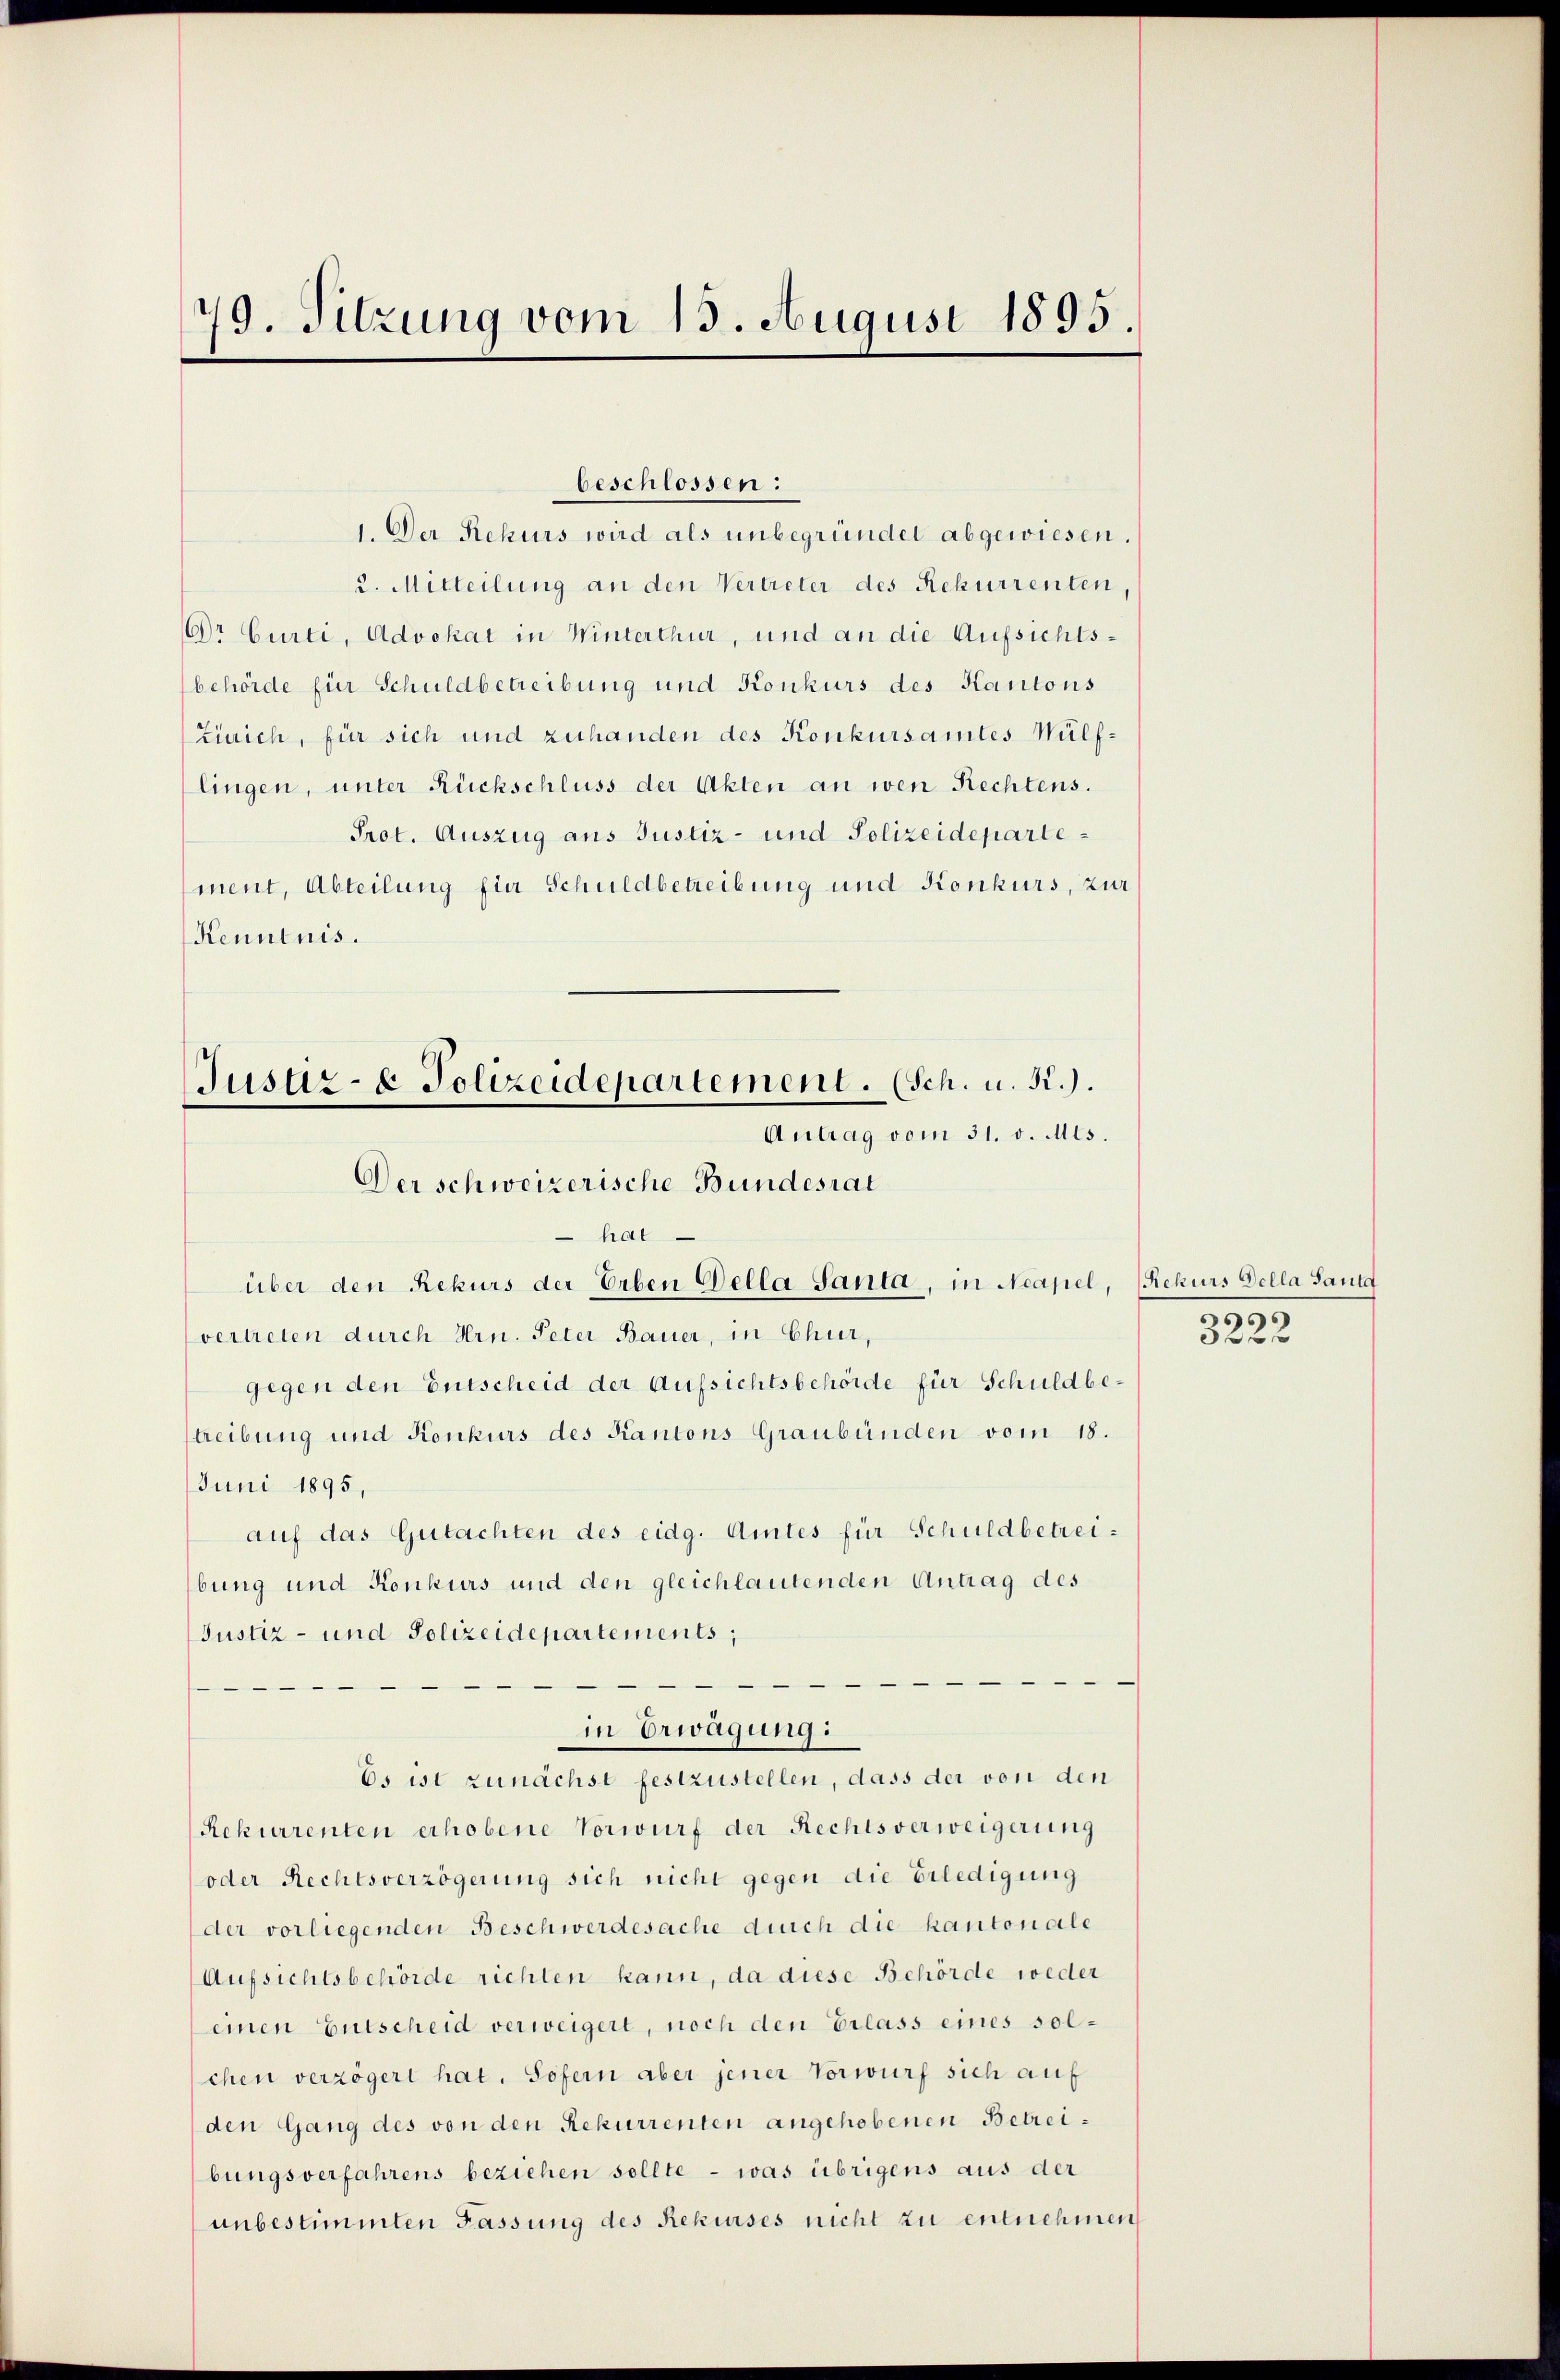
79. Sitzung vom 15. August 1895.

2. Mitteilung an den Vertreter des Rekurrenten,
Dr Curti, Advokat in Winterthur, und an die Aufsichtsbehörde für Schuldbetreibung und Konkurs des Kantons
Zürich, für sich und zuhanden des Konkursamtes Wülflingen, unter Rückschluss der Akten an wen Rechtens.
Prot. Auszug aus Justiz- und Polizeidepartement, Abteilung für Schuldbetreibung und Konkurs, zur
Kenntnis.
hat
über den Rekurs der Erben Della Santa, in Neapel,
vertreten durch Hrn. Peter Bauer, in Chur,
gegen den Entscheid der Aufsichtsbehörde für Schuldbehreibung und Konkurs des Kantons Graubünden vom 18.
Juni 1895,
auf das Gutachten des eidg. Amtes für Schuldbetreibung und Konkurs und den gleichlautenden Antrag des
Justiz- und Polizeidepartements,
in Erwägung:
Es ist zunächst festzustellen, dass der von den
Rekurrenten erhobene Vorwurf der Rechtsverweigerung
oder Rechtsverzögerung sich nicht gegen die Erledigung
der vorliegenden Beschwerdesache durch die kantonale
Aufsichtsbehörde richten kann, da diese Behörde weder
einen Entscheid verweigert, noch den Erlass eines solchen verzögert hat. Sofern aber jener Vorwurf sich auf
den Gang des von den Rekurrenten angehobenen Betreibungsverfahrens beziehen sollte - was übrigens aus der
unbestimmten Fassung des Rekurses nicht zu entnehmen,

beschlossen:
1. Der Rekurs wird als unbegründet abgewiesen.

Justiz- & Polizeidepartement. (Sch. u. 52.).
Antrag vom 31. v. Mts.
Der schweizerische Bundesrat

Rekurs Della Sauld
6
0 f 6 x